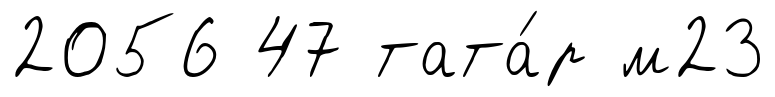
2056 47 тата́р м23